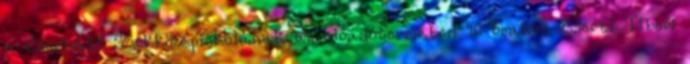
a Cserháti Szakközépiskolának az előadótermében 10 órakor. Cserti Tibor: